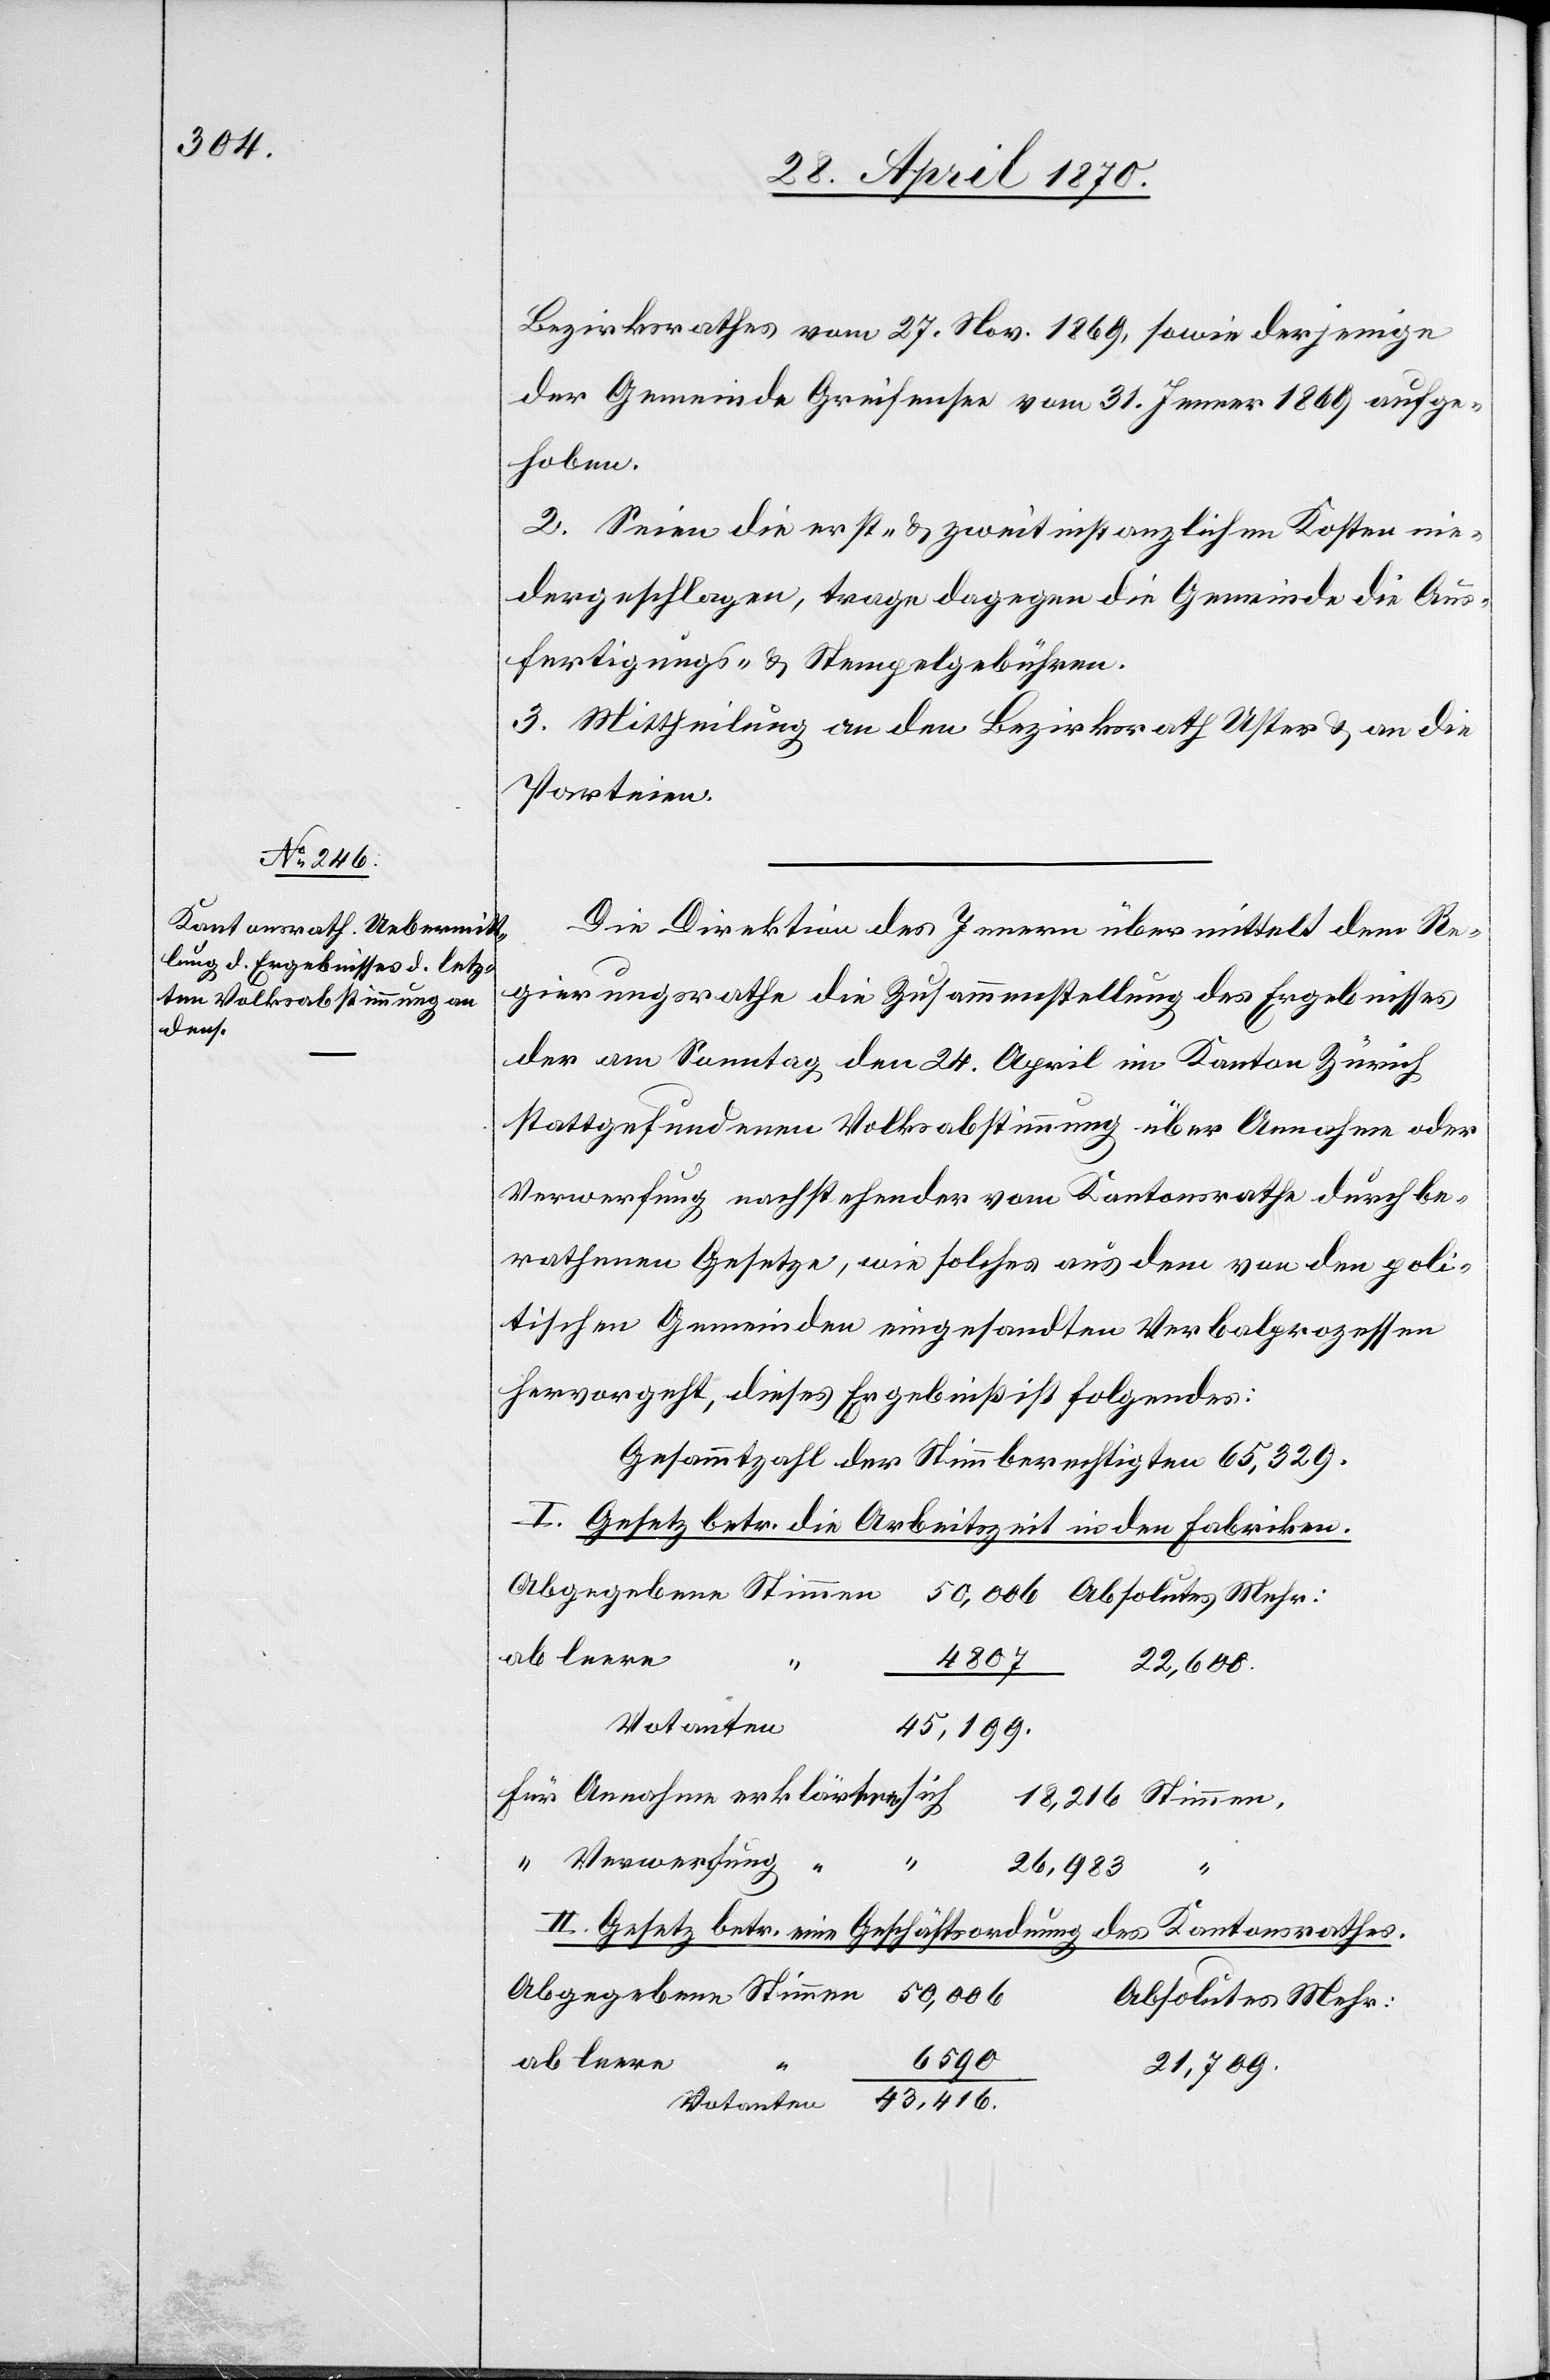
Bezirksrathes vom 27. Nov. 1869, sowie derjenige
der Gemeinde Greifensee vom 31. Jenner 1869 aufge¬
hoben.
2. Seien die erst- & zweitinstanzlichen Kosten nie¬
dergeschlagen, trage dagegen die Gemeinde die Aus¬
fertigungs- & Stempelgebühren.
3. Mittheilung an den Bezirksrath Uster & an die
Parteien.
Die Direktion des Innern übermittelt dem Re¬
gierungsrathe die Zusammenstellung des Ergebnisses
der am Sonntag den 24. April im Kanton Zürich
stattgefundenen Volksabstimmung über Annahme oder
Verwerfung nachstehender vom Kantonsrathe durchbe¬
rathene Gesetze, wie solches aus dem von den poli¬
tischen Gemeinden eingesandten Verbalprozessen
hervorgeht, dieses Ergebniß ist folgendes:
Gesammtzahl der Stimmberechtigten 65,329.
I. Gesetz betr. die Arbeitszeit in den Fabriken.
Abgegebene Stimmen	50,006		Absolutes Mehr:
ab leere
Für Annahme erklärten sich 18,216 Stimmen,
“ Verwerfung
“
26,98
“
II. Gesetz betr. eine Geschäftsordnung des Kantonsrathes.
n	43,416.
Votante¬